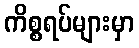
ကိစ္စရပ်များမှာ